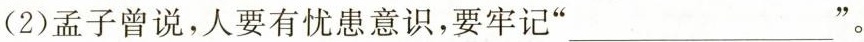
(2)孟子曾说，人要有忧患意识，要牢记”___”。